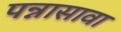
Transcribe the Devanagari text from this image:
पन्नासावा